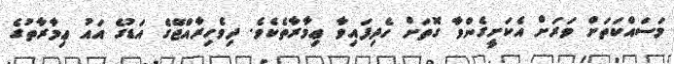
މަސައްކަތަށް ވަރަށް އެކަށީގެންވާ ގޮތަށް ހެދިފައިވާ ޢިމާރާތެކެވެ. ދިވެހިރާއްޖޭގެ އަޑުގެ އައު ޢިމާރާތުގެ